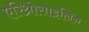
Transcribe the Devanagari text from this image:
एरिथ्रोसाइलिन